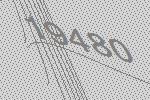
19480